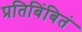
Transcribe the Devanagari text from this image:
प्रतिबिंबितं